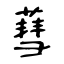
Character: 蔧